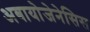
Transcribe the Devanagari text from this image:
अबायोजेनेसिस